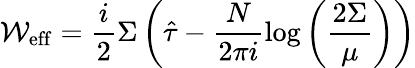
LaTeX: {\cal W}_{\mathrm{eff}}=\frac{i}{2}\Sigma\left(\hat{\tau}-\frac{N}{2\pi i}\log\left(\frac{2\Sigma}{\mu}\right)\right)